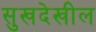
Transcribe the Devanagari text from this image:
सुखदेखील